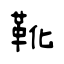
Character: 靴